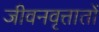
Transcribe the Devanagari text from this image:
जीवनवृत्तातों